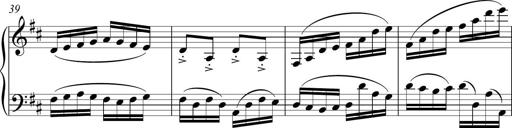
Title: Sonatina del HuÃ©car
Composer: JosÃ© Miguel Moreno Sabio